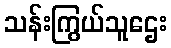
သန်းကြွယ်သူဌေး